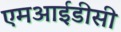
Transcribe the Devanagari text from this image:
एमआईडीसी